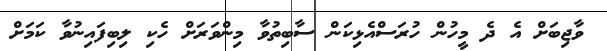
ވާޖިބަށް އެ ދެ މީހުން ހުރަސްއެޅިކަން ސާބިތުވާ މިންވަރަށް ހެކި ލިބިފައިނުވާ ކަމަށް